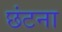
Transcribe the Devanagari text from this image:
छंटना